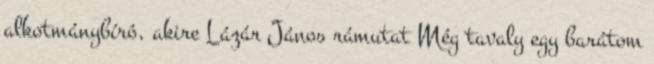
alkotmánybíró, akire Lázár János rámutat Még tavaly egy barátom